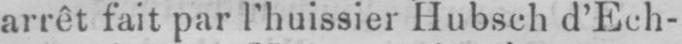
arrêt fait par l’huissier Hubsch d’Ech-